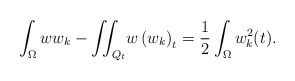
\begin{align*}\int_{\Omega}ww_{k}-{\displaystyle\iint_{Q_{t}}}w\left( w_{k}\right) _{t}=\frac{1}{2}\int_{\Omega}w_{k}^{2}(t).\end{align*}